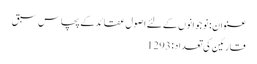
عنوان : نو جوانوں کے لئے اصول عقائدکے پچاس سبق
قارئین کی تعداد : 1293